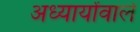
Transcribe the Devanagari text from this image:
अध्यायोंवाले